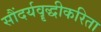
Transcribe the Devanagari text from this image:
सौंदर्यवॄद्धीकरिता